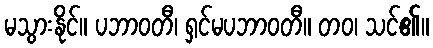
မသွားနိုင်။ ပဘာဝတီ၊ ရှင်မပဘာဝတီ။ တဝ၊ သင်၏။